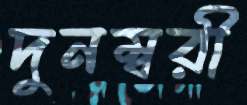
দুনম্বরী